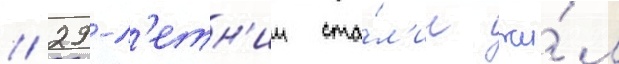
// 29-л'етн'ии ста́л'ин жи́л